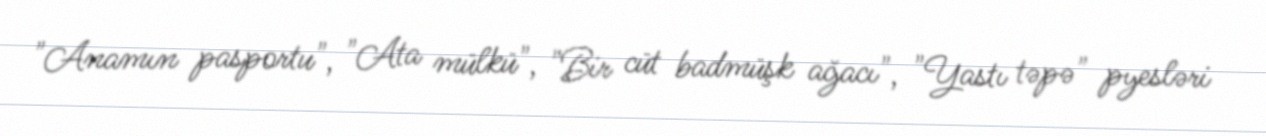
"Anamın pasportu", "Ata mülkü", "Bir cüt badmüşk ağacı", "Yastı təpə" pyesləri